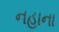
નહાના